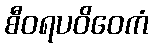
စီဝရပဝိဝေကံ